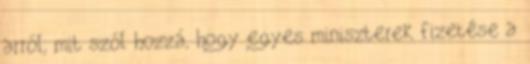
arról, mit szól hozzá, hogy egyes miniszterek fizetése a